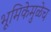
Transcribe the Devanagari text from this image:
भूमिकेमुळेच